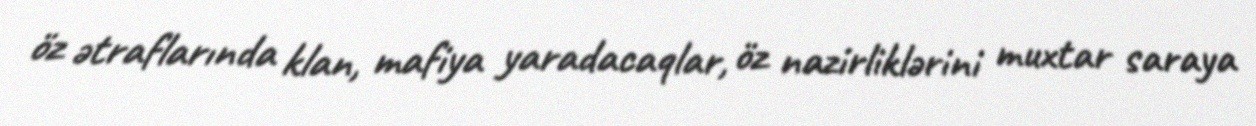
öz ətraflarında klan, mafiya yaradacaqlar, öz nazirliklərini muxtar saraya